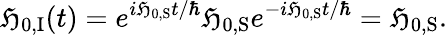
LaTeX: \mathfrak{H}_{0,{\mathrm{{I}}}}(t)=e^{i\mathfrak{H}_{0,{\mathrm{{S}}}}t/\hbar}\mathfrak{H}_{0,{\mathrm{{S}}}}e^{-i\mathfrak{H}_{0,{\mathrm{{S}}}}t/\hbar}=\mathfrak{H}_{0,{\mathrm{{S}}}}.